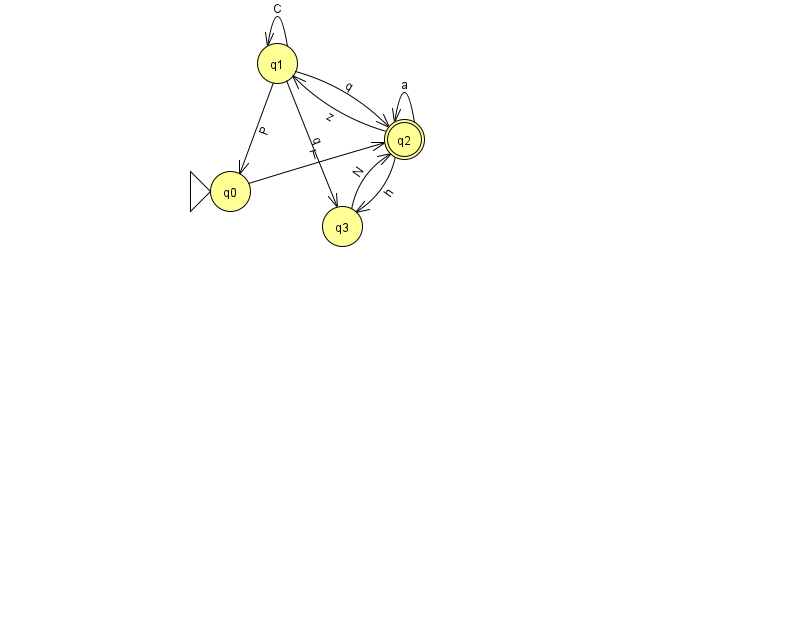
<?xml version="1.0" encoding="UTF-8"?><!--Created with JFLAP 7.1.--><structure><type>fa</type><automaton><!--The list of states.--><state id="0" name="q0"><x>230.0</x><y>178.0</y><initial/></state><state id="1" name="q1"><x>277.0</x><y>50.0</y></state><state id="2" name="q2"><x>404.0</x><y>126.0</y><final/></state><state id="3" name="q3"><x>342.0</x><y>213.0</y></state><!--The list of transitions.--><transition><from>2</from><to>2</to><read>a</read></transition><transition><from>2</from><to>1</to><read>z</read></transition><transition><from>1</from><to>1</to><read>C</read></transition><transition><from>0</from><to>2</to><read>T</read></transition><transition><from>1</from><to>3</to><read>q</read></transition><transition><from>1</from><to>2</to><read>q</read></transition><transition><from>2</from><to>3</to><read>h</read></transition><transition><from>1</from><to>0</to><read>P</read></transition><transition><from>3</from><to>2</to><read>N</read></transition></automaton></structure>